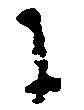
に